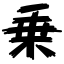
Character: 乗